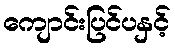
ကျောင်းပြင်ပနှင့်